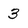
Character: 3